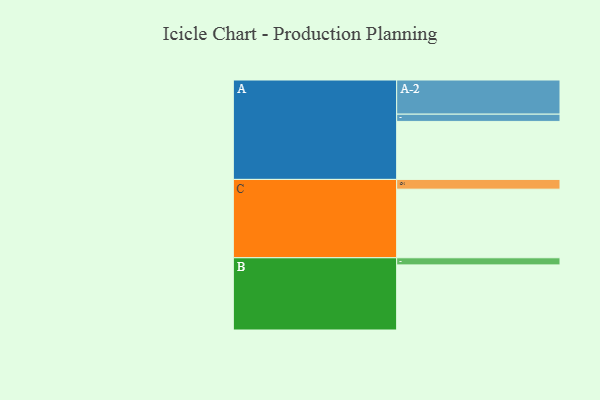
{"axis": {"x": "Segment", "y": "Value"}, "legend": ["", "A", "B", "C"], "data": [{"x": "A", "y": 416, "type": ""}, {"x": "B", "y": 467, "type": ""}, {"x": "C", "y": 492, "type": ""}, {"x": "A-1", "y": 52, "type": "A"}, {"x": "A-2", "y": 245, "type": "A"}, {"x": "B-1", "y": 51, "type": "B"}, {"x": "C-1", "y": 70, "type": "C"}]}